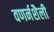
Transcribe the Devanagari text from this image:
वणर्नशैली